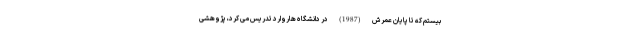
بیستم که تا پایان عمرش (1987) در دانشگاه هاروارد تدریس می کرد، پژوهشی